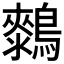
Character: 𱈺